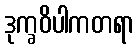
ဒုက္ခဝိပါကတရာ